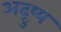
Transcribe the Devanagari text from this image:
अद्रुष्य